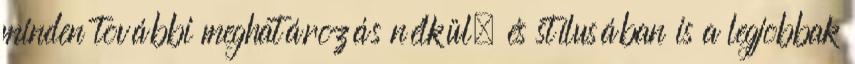
minden további meghatározás nélkül, és stílusában is a legjobbak